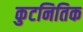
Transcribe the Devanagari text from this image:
कुटनितिक